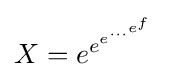
X=e^{e^{e^{\cdots ^{e^{f}}}}}